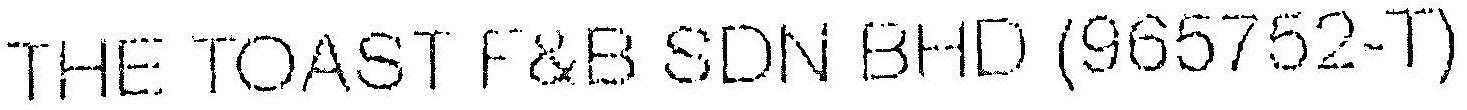
THE TOAST F&B SDN BHD (965752-T)